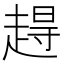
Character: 𫎹